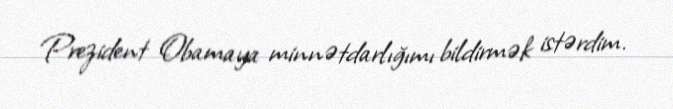
Prezident Obamaya minnətdarlığımı bildirmək istərdim.